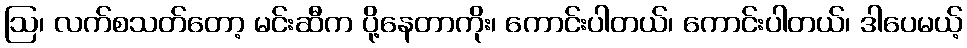
ဩ၊ လက်စသတ်တော့ မင်းဆီက ပို့နေတာကိုး၊ ကောင်းပါတယ်၊ ကောင်းပါတယ်၊ ဒါပေမယ့်